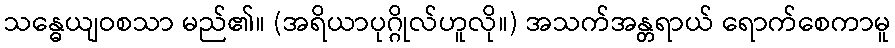
သန္ဓေယျဝစသာ မည်၏။ (အရိယာပုဂ္ဂိုလ်ဟူလို။) အသက်အန္တရာယ် ရောက်စေကာမူ